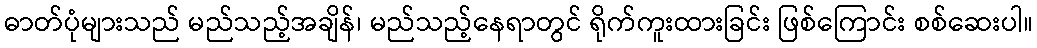
ဓာတ်ပုံများသည် မည်သည့်အချိန်၊ မည်သည့်နေရာတွင် ရိုက်ကူးထားခြင်း ဖြစ်ကြောင်း စစ်ဆေးပါ။